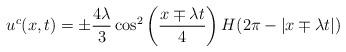
LaTeX: \begin{align*}u^c(x,t)=\pm\frac{4\lambda}3\cos^2\left(\frac{x\mp\lambda t}{4}\right)H(2\pi-|x\mp\lambda t|)\end{align*}